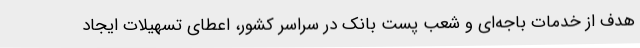
هدف از خدمات باجه‌ای و شعب پست بانک در سراسر کشور، اعطای تسهیلات ایجاد